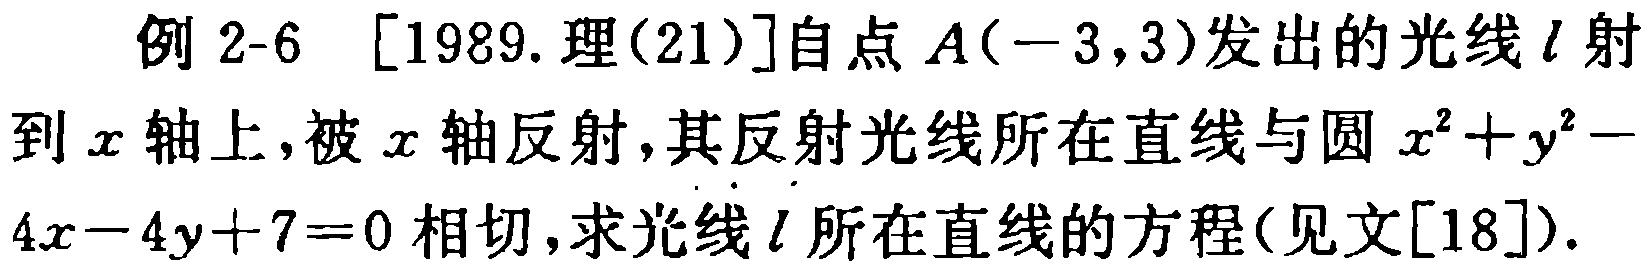
例 2-6 [1989.理(21)]自点 \(A(-3,3)\)发出的光线 \(l\)射到 \(x\)轴上，被 \(x\)轴反射，其反射光线所在直线与圆 \(x^{2}+y^{2}-4x - 4y + 7 = 0\)相切，求光线 \(l\)所在直线的方程(见文[18])。